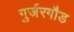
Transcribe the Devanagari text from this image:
गुर्जरगौड